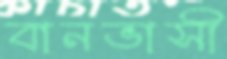
বানভাসী